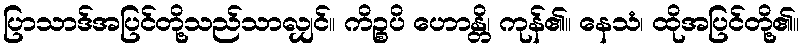
ပြာသာဒ်အပြင်တို့သည်သာလျှင်။ ကိဉ္စပိ ဟောန္တိ၊ ကုန်၏။ နေသံ၊ ထိုအပြင်တို့၏။